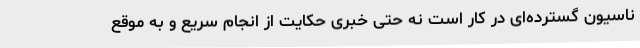
ناسیون گسترده‌ای در کار است نه حتی خبری حکایت از انجام سریع و به موقع